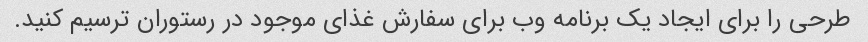
طرحی را برای ایجاد یک برنامه وب برای سفارش غذای موجود در رستوران ترسیم کنید.